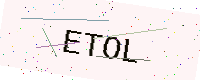
Text: ETOL